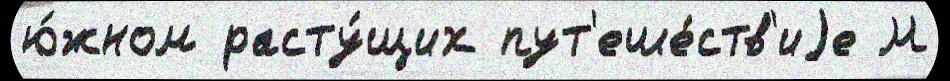
ю́жном расту́щих пут'еше́ств'иjе М